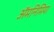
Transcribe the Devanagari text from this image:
ॲमनिमिया